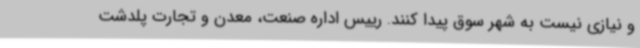
و نیازی نیست به شهر سوق پیدا کنند. رییس اداره صنعت، معدن و تجارت پلدشت